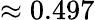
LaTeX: \approx 0.497